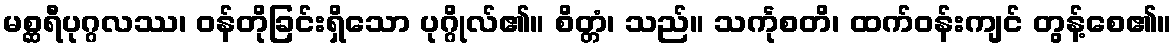
မစ္ဆရီပုဂ္ဂလဿ၊ ဝန်တိုခြင်းရှိသော ပုဂ္ဂိုလ်၏။ စိတ္တံ၊ သည်။ သင်္ကုစတိ၊ ထက်ဝန်းကျင် တွန့်စေ၏။